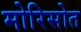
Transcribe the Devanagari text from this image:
मोरिसोत